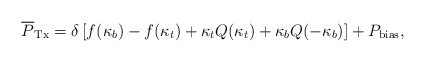
\begin{align*}\overline{P}_{\rm Tx}=\delta\left[f(\kappa_b)-f(\kappa_t)+\kappa_t Q(\kappa_t)+\kappa_bQ(-\kappa_b)\right]+P_{\rm bias},\end{align*}